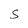
Character: S